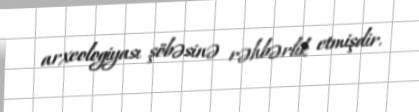
arxeologiyası şöbəsinə rəhbərlik etmişdir.